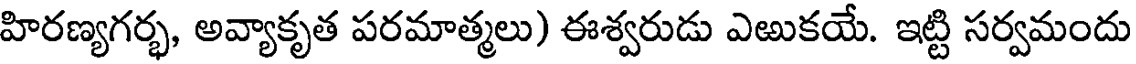
హిరణ్యగర్భ, అవ్యాకృత పరమాత్మలు) ఈశ్వరుడు ఎఱుకయే. ఇట్టి సర్వమందు